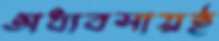
অধ্যবসায়ই